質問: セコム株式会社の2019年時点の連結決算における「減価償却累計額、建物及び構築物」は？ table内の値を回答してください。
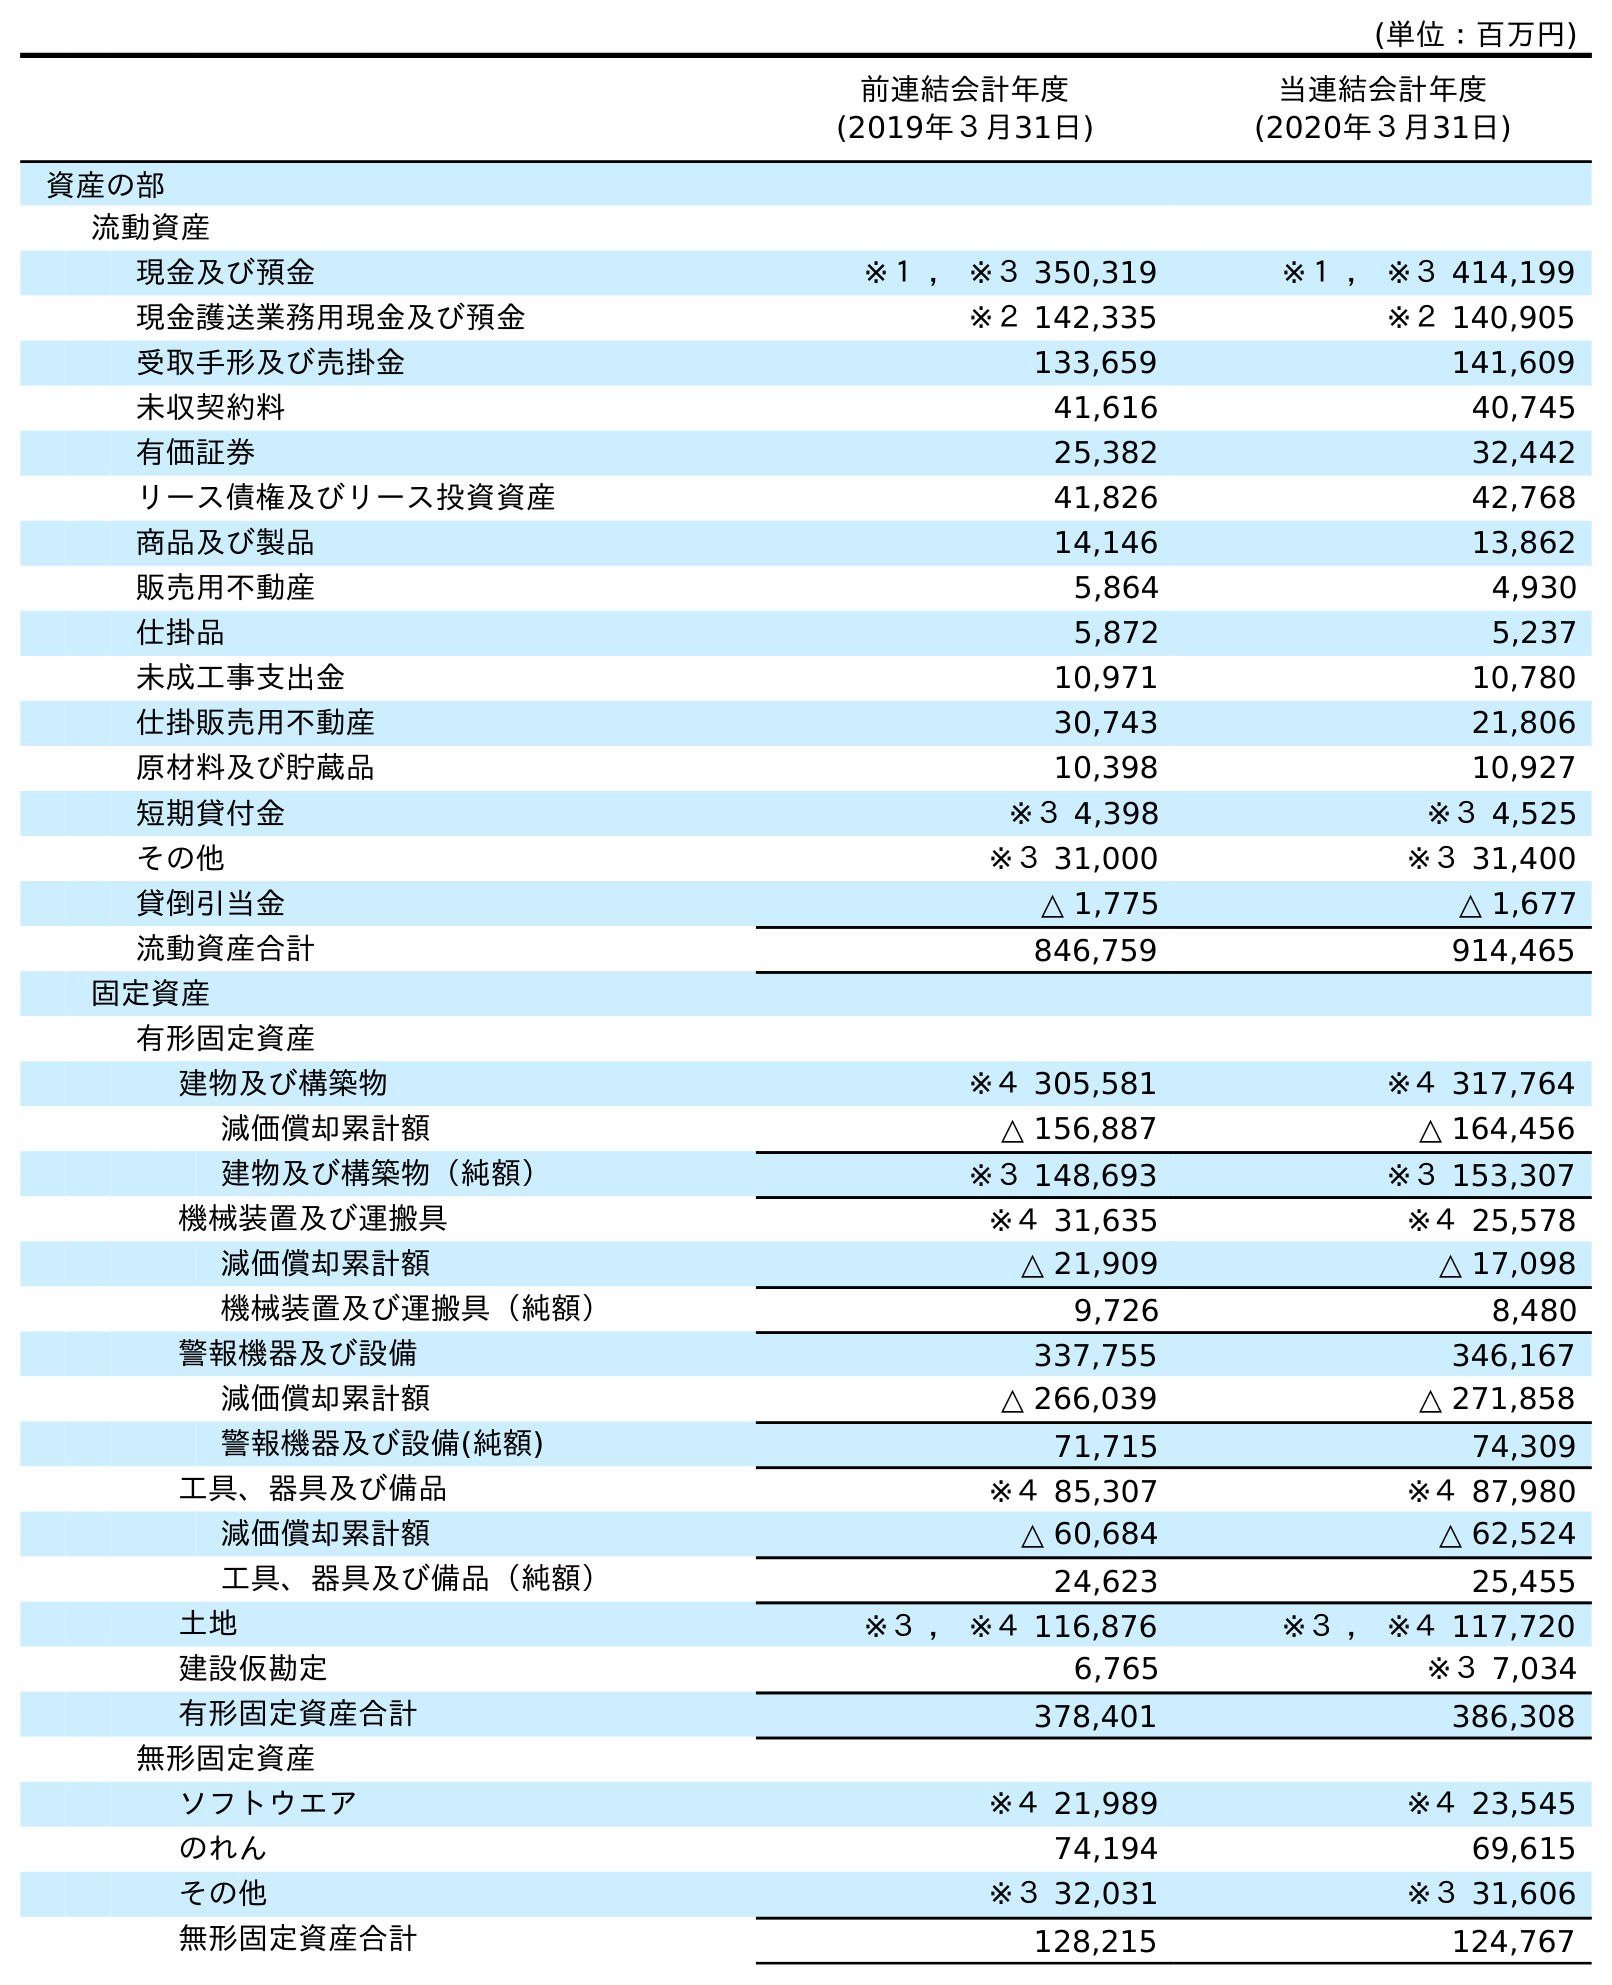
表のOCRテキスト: (単位：百万円) 前連結会計年度 (2019年３月31日) 当連結会計年度 (2020年３月31日) 資産の部 流動資産 現金及び預金 ※１ ， ※３ 350,319 ※１ ， ※３ 414,199 現金護送業務用現金及び預金 ※２ 142,335 ※２ 140,905 受取手形及び売掛金 133,659 141,609 未収契約料 41,616 40,745 有価証券 25,382 32,442 リース債権及びリース投資資産 41,826 42,768 商品及び製品 14,146 13,862 販売用不動産 5,864 4,930 仕掛品 5,872 5,237 未成工事支出金 10,971 10,780 仕掛販売用不動産 30,743 21,806 原材料及び貯蔵品 10,398 10,927 短期貸付金 ※３ 4,398 ※３ 4,525 その他 ※３ 31,000 ※３ 31,400 貸倒引当金 △ 1,775 △ 1,677 流動資産合計 846,759 914,465 固定資産 有形固定資産 建物及び構築物 ※４ 305,581 ※４ 317,764 減価償却累計額 △ 156,887 △ 164,456 建物及び構築物（純額） ※３ 148,693 ※３ 153,307 機械装置及び運搬具 ※４ 31,635 ※４ 25,578 減価償却累計額 △ 21,909 △ 17,098 機械装置及び運搬具（純額） 9,726 8,480 警報機器及び設備 337,755 346,167 減価償却累計額 △ 266,039 △ 271,858 警報機器及び設備(純額) 71,715 74,309 工具、器具及び備品 ※４ 85,307 ※４ 87,980 減価償却累計額 △ 60,684 △ 62,524 工具、器具及び備品（純額） 24,623 25,455 土地 ※３ ， ※４ 116,876 ※３ ， ※４ 117,720 建設仮勘定 6,765 ※３ 7,034 有形固定資産合計 378,401 386,308 無形固定資産 ソフトウエア ※４ 21,989 ※４ 23,545 のれん 74,194 69,615 その他 ※３ 32,031 ※３ 31,606 無形固定資産合計 128,215 124,767
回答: △156,887